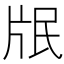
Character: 𭷋